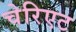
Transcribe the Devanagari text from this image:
चेरिएट